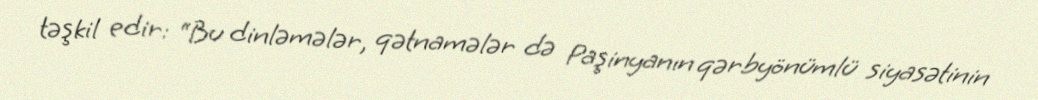
təşkil edir: “Bu dinləmələr, qətnamələr də Paşinyanın qərbyönümlü siyasətinin